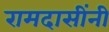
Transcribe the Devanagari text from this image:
रामदासींनी